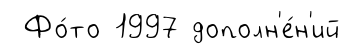
Фо́то 1997 дополн'е́н'ий